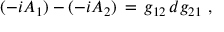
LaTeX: ( - i A _ { 1 } ) - ( - i A _ { 2 } ) \, = \, g _ { 1 2 } \, d g _ { 2 1 } \ ,